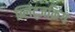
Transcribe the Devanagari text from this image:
ब्लिट्जक्रिंग